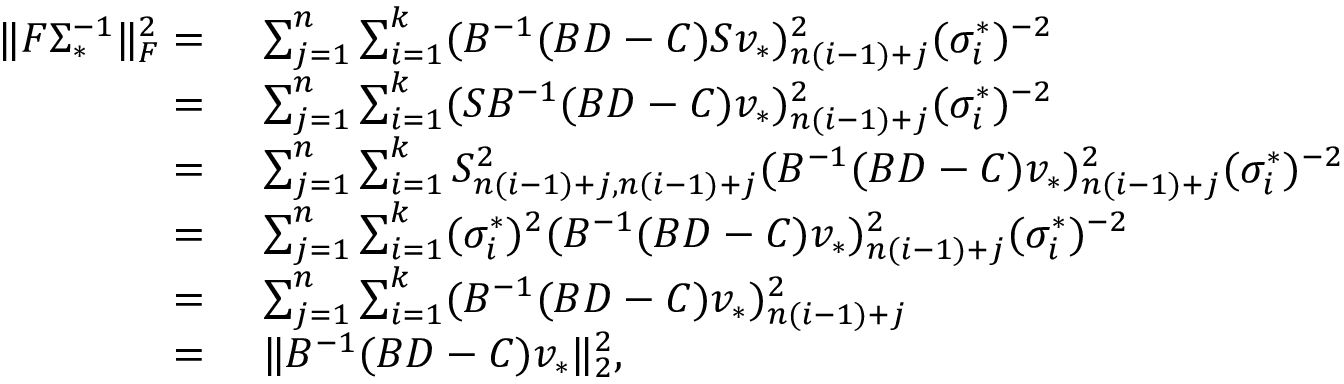
\begin{array} { r l } { \| F \Sigma _ { * } ^ { - 1 } \| _ { F } ^ { 2 } = } & { ~ \sum _ { j = 1 } ^ { n } \sum _ { i = 1 } ^ { k } ( B ^ { - 1 } ( B D - C ) S v _ { * } ) _ { n ( i - 1 ) + j } ^ { 2 } ( \sigma _ { i } ^ { * } ) ^ { - 2 } } \\ { = } & { ~ \sum _ { j = 1 } ^ { n } \sum _ { i = 1 } ^ { k } ( S B ^ { - 1 } ( B D - C ) v _ { * } ) _ { n ( i - 1 ) + j } ^ { 2 } ( \sigma _ { i } ^ { * } ) ^ { - 2 } } \\ { = } & { ~ \sum _ { j = 1 } ^ { n } \sum _ { i = 1 } ^ { k } S _ { n ( i - 1 ) + j , n ( i - 1 ) + j } ^ { 2 } ( B ^ { - 1 } ( B D - C ) v _ { * } ) _ { n ( i - 1 ) + j } ^ { 2 } ( \sigma _ { i } ^ { * } ) ^ { - 2 } } \\ { = } & { ~ \sum _ { j = 1 } ^ { n } \sum _ { i = 1 } ^ { k } ( \sigma _ { i } ^ { * } ) ^ { 2 } ( B ^ { - 1 } ( B D - C ) v _ { * } ) _ { n ( i - 1 ) + j } ^ { 2 } ( \sigma _ { i } ^ { * } ) ^ { - 2 } } \\ { = } & { ~ \sum _ { j = 1 } ^ { n } \sum _ { i = 1 } ^ { k } ( B ^ { - 1 } ( B D - C ) v _ { * } ) _ { n ( i - 1 ) + j } ^ { 2 } } \\ { = } & { ~ \| B ^ { - 1 } ( B D - C ) v _ { * } \| _ { 2 } ^ { 2 } , } \end{array}